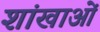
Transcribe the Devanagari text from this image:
शांखाओं